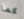
كما